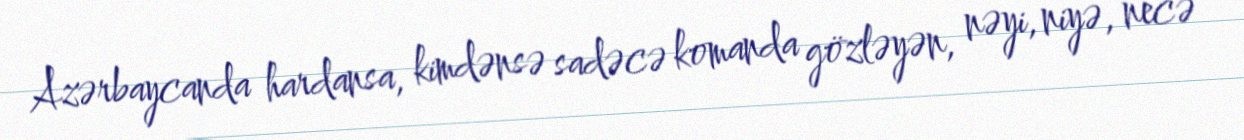
Azərbaycanda hardansa, kimdənsə sadəcə komanda gözləyən, nəyi, niyə, necə